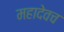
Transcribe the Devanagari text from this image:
महादेवच